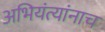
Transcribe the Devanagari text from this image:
अभियंत्यांनाच